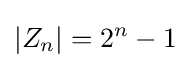
|Z_{n}|=2^{n}-1